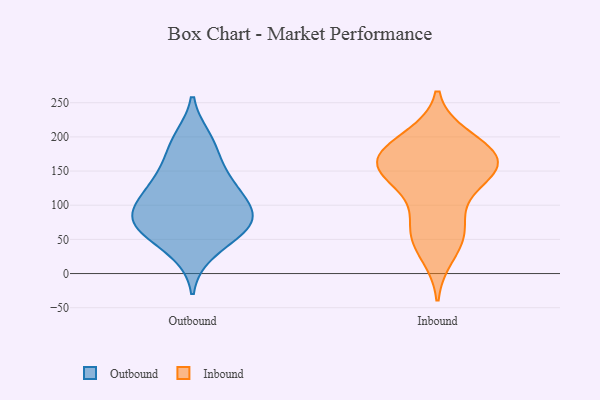
{"axis": {"x": "Headcount", "y": "Value"}, "legend": ["Inbound", "Outbound"], "data": [{"x": "", "y": 81, "type": "Outbound"}, {"x": "", "y": 59, "type": "Outbound"}, {"x": "", "y": 133, "type": "Outbound"}, {"x": "", "y": 31, "type": "Outbound"}, {"x": "", "y": 186, "type": "Outbound"}, {"x": "", "y": 66, "type": "Outbound"}, {"x": "", "y": 100, "type": "Outbound"}, {"x": "", "y": 197, "type": "Outbound"}, {"x": "", "y": 149, "type": "Outbound"}, {"x": "", "y": 101, "type": "Outbound"}, {"x": "", "y": 74, "type": "Outbound"}, {"x": "", "y": 126, "type": "Outbound"}, {"x": "", "y": 78, "type": "Outbound"}, {"x": "", "y": 109, "type": "Inbound"}, {"x": "", "y": 56, "type": "Inbound"}, {"x": "", "y": 57, "type": "Inbound"}, {"x": "", "y": 149, "type": "Inbound"}, {"x": "", "y": 156, "type": "Inbound"}, {"x": "", "y": 194, "type": "Inbound"}, {"x": "", "y": 72, "type": "Inbound"}, {"x": "", "y": 28, "type": "Inbound"}, {"x": "", "y": 199, "type": "Inbound"}, {"x": "", "y": 154, "type": "Inbound"}, {"x": "", "y": 173, "type": "Inbound"}, {"x": "", "y": 145, "type": "Inbound"}, {"x": "", "y": 179, "type": "Inbound"}, {"x": "", "y": 166, "type": "Inbound"}, {"x": "", "y": 155, "type": "Inbound"}]}